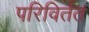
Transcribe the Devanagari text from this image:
परिविर्तत